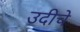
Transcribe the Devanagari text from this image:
उदीचे